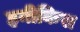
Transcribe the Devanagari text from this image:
हनीकिस